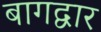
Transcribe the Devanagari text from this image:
बागद्वार